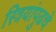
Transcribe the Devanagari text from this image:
स्त्रियांपुढचे